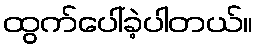
ထွက်ပေါ်ခဲ့ပါတယ်။